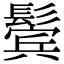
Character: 鬓